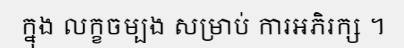
ក្នុង លក្ខចម្បង សម្រាប់ ការអភិរក្ស ។